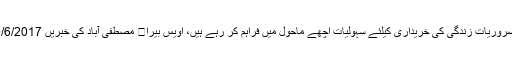
ضروریات زندگی کی خریداری کیلئے سہولیات اچھے ماحول میں فراہم کر رہے ہیں، اویس بیرا	 مصطفی آباد کی خبریں 9/6/2017